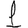
Digit: 1